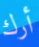
أرك